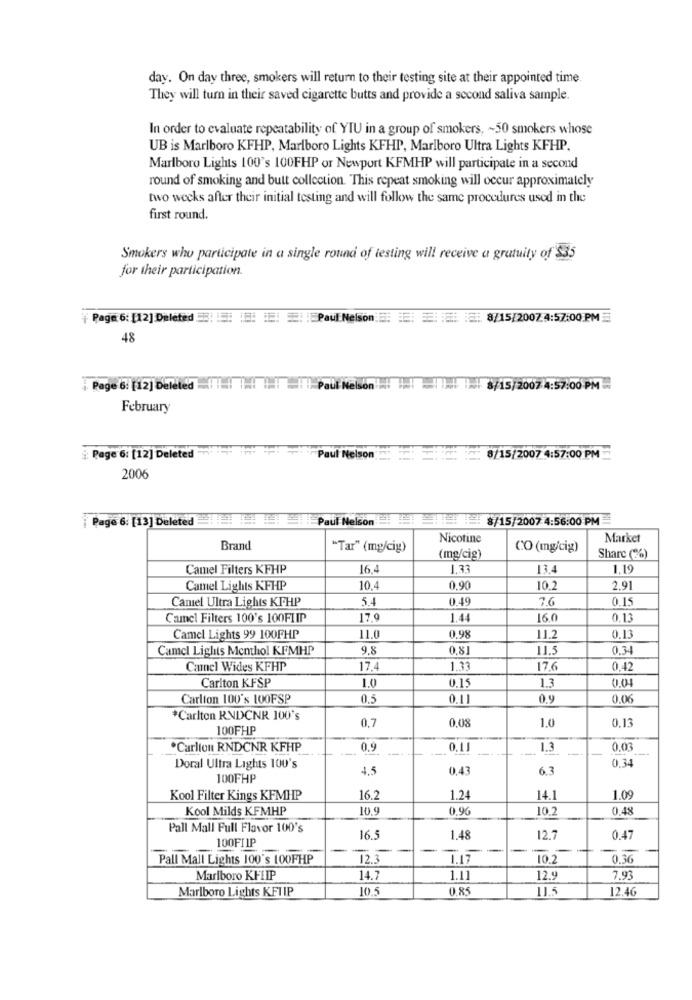
day. On day three, smokers will return to their testing site at their appointed time.
They will turn in their saved cigarette butts and provide a second saliva sample.
In order to evaluate repeatability of YIU in a group of smokers, ~ 50 smokers whose
UB is Marlboro KFHP, Marlboro Lights KFHP, Marlboro Ultra Lights KFHP.
Marlboro Lights 100's 100FHP or Newport KFMHP will participate in a second
round of smoking and butt collection. This repeat smoking will occur approximately
two weeks after their initial testing and will follow the same procedures used in the
first round.
Smokers who participate in a single round of testing will receive a gratuity of $35
for their participation.
Page 6: [12] Deleted 3: IE: :: : :: : Paul Nelson :: :: : :::: ::: 8/15/2007:4:57:00 PM
48
i Page 6: [12] Deleted | | | | | Paul Nelson 8/2004:57:00PM
February
¿: Page 6: [12] Deleted
Paul Nelson
8/15/2007 4:57:00 PM
2006
¡ Page 6: [13] Deleted Paul Nelson 8/15/2007 4:56:00 PM
Nicotine
Market
Brand
"Tar" (mg/cig)
CO (mg/cig)
(mg/cig)
Share (2%)
Camel Filters KFHP
16.4
1.33
13.4
1.19
Camel Lights KFHP
10.4
0.90
10.2
2.91
Camel Ultra Lights KPHP
5.4
0.49
7.6
0.15
Camel Filters 100's 100FLIP
17.9
1.44
160
0.13
0.98
11.2
Camel Lights 99 100FHP
11.0
0.13
Camel Lights Menthol KFMHP
9.8
0.81
11.5
0.34
Camel Wides KFHP
17,4
1.33
17.6
0.42
Carlton KFSP
1.0
0.15
1.3
Carlton 100's 100FSP
0.5
0.11
0.9
0.0€
*Carlton RNDCNR 100's
0.7
0.08
1.0
0.13
100FHP
*Carlton RNDCNR KFHP
0.9
---
1.3
0.00
0.34
Doral Ultra Lights 100's
4.5
0,43
6.3
100FHP
Kool Filter Kings KFMHP
16.2
1.24
14.
1.09
Kool Milds KFMHP
10.9
0.90
10.2
0,48
Pall Mall Full Flavor 100's
100FI1P
16.5
1.48
12.7
0.47
Pall Mall Lights 100's 100FHP
12.3
T.17
10.2
0.36
Marlboro KFLIP
14.7
1.11
12.9
7.93
Marlboro Lights KFTIP
10.5
0.85
11.5
12.46